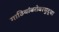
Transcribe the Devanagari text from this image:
गाठियांबरोबरसुद्धा